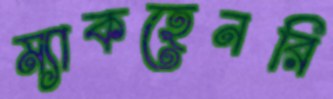
ম্যাকহেনরি